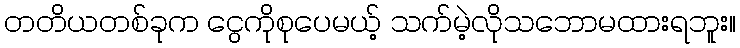
တတိယတစ်ခုက ငွေကိုစုပေမယ့် သက်မဲ့လိုသဘောမထားရဘူး။